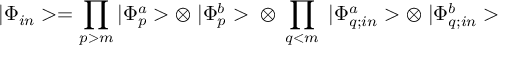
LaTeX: | \Phi _ { i n } > = \prod _ { p > m } | \Phi _ { p } ^ { a } > \otimes \; | \Phi _ { p } ^ { b } > \; \otimes \; \prod _ { q < m } \; | \Phi _ { q ; i n } ^ { a } > \otimes \; | \Phi _ { q ; i n } ^ { b } >